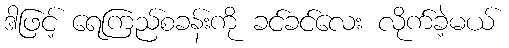
ဒါဖြင့် ရေကြည်စခန်းကို ခင်ခင်လေး လိုက်ခဲ့မယ်